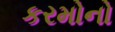
કરમોનો